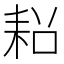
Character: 𮋧